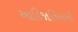
આદિજાતિઓની